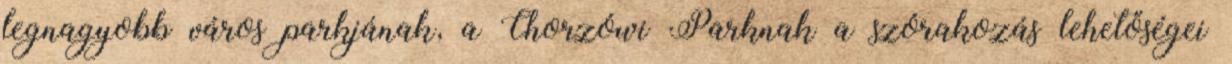
legnagyobb város parkjának, a Chorzówi Parknak a szórakozás lehetőségei